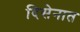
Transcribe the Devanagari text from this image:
दिसेनात